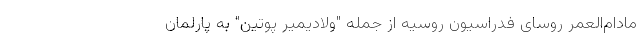
مادام‌العمر روسای فدراسیون روسیه از جمله "ولادیمیر پوتین" به پارلمان